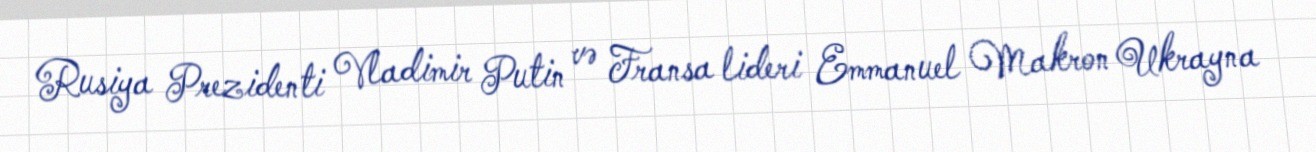
Rusiya Prezidenti Vladimir Putin və Fransa lideri Emmanuel Makron Ukrayna